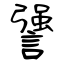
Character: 謽